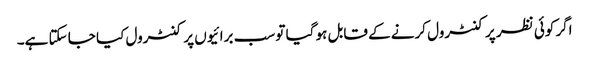
اگر کوئی نظر پر کنٹرول کرنے کے قابل ہو گیا تو سب برائیوں پر کنٹرول کیا جا سکتا ہے۔